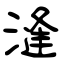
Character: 漨